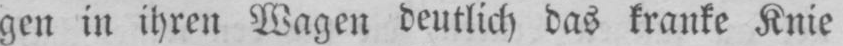
gen in ihren Wagen deutlich das kranke Knie